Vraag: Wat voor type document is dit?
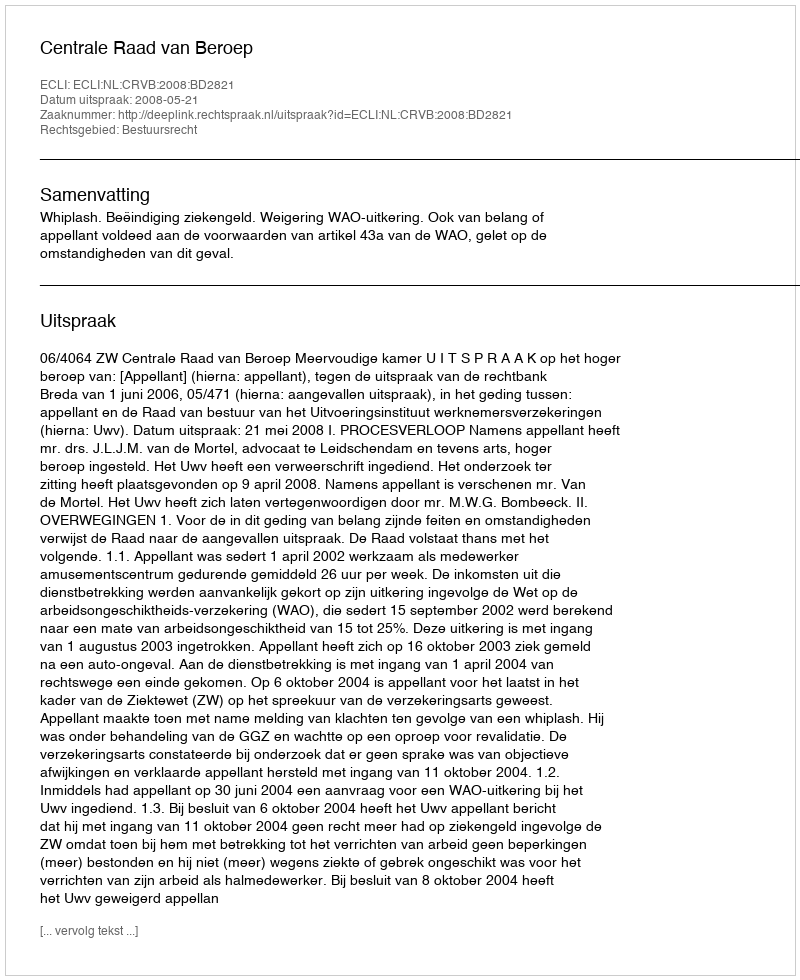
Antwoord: Uitspraak